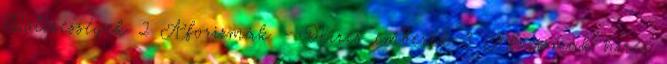
Bölcsességek 2 Aforizmák - Híres emberek 8 Aforizmák híres